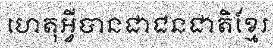
ហេតុអ្វីបានជាជនជាតិខ្មែរ